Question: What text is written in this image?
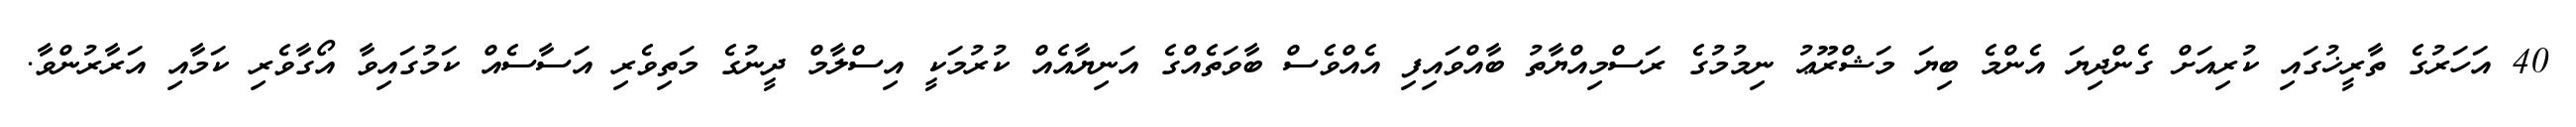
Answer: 40 އަހަރުގެ ތާރީޚުގައި ކުރިއަށް ގެންދިޔަ އެންމެ ބިޔަ މަޝްރޫޢު ނިމުމުގެ ރަސްމިއްޔާތު ބާއްވައިފި އެއްވެސް ބާވަތެއްގެ އަނިޔާއެއް ކުރުމަކީ އިސްލާމް ދީނުގެ މަތިވެރި އަސާސެއް ކަމުގައިވާ އޯގާވެރި ކަމާއި އަރާރުންވާ.